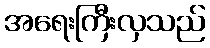
အရေးကြီးလှသည်